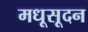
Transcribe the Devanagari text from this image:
मधूसूदन